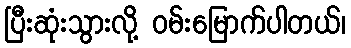
ပြီးဆုံးသွားလို့ ဝမ်းမြောက်ပါတယ်၊